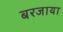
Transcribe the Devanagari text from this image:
बरजाया